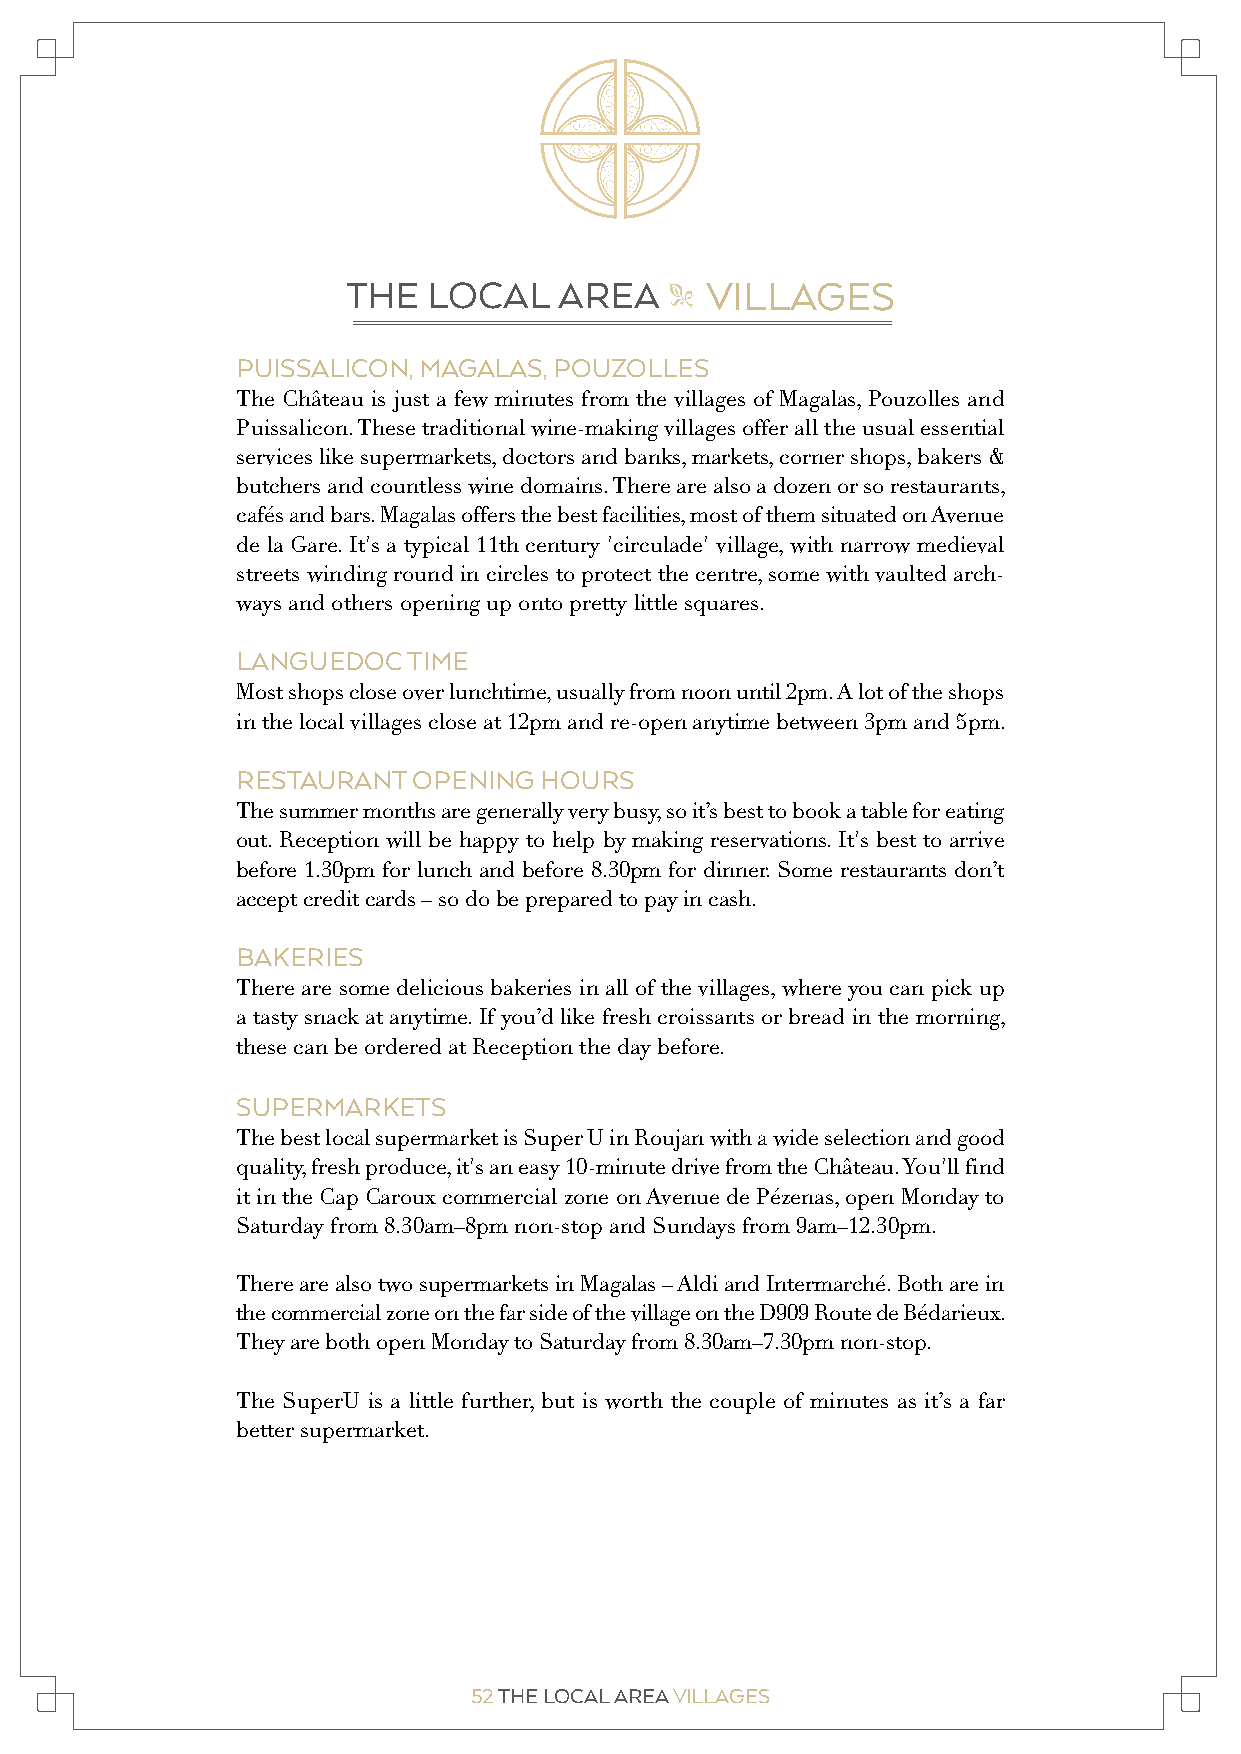
THE  LOCAL    AREA      VILLAGES
 "
 PUISSALICON, MAGALAS, POUZOLLES
 The Château is just a few minutes from the villages of Magalas, Pouzolles and
 Puissalicon. These traditional wine-making villages offer all the usual essential
 services like supermarkets, doctors and banks, markets, corner shops, bakers &
 butchers and countless wine domains. There are also a dozen or so restaurants,
 cafés and bars. Magalas offers the best facilities, most of them situated on Avenue
 de la Gare. It's a typical 11th century 'circulade' village, with narrow medieval
 streets winding round in circles to protect the centre, some with vaulted arch-
 ways and others opening up onto pretty little squares.
 LANGUEDOC  TIME
 Most shops close over lunchtime, usually from noon until 2pm. A lot of the shops
 in the local villages close at 12pm and re-open anytime between 3pm and 5pm.
 RESTAURANT OPENING  HOURS
 The summer months are generally very busy, so it’s best to book a table for eating
 out. Reception will be happy to help by making reservations. It's best to arrive
 before 1.30pm for lunch and before 8.30pm for dinner. Some restaurants don’t
 accept credit cards – so do be prepared to pay in cash.
 BAKERIES
 There are some delicious bakeries in all of the villages, where you can pick up
 a tasty snack at anytime. If you’d like fresh croissants or bread in the morning,
 these can be ordered at Reception the day before.
 SUPERMARKETS
 The best local supermarket is Super U in Roujan with a wide selection and good
 quality, fresh produce, it's an easy 10-minute drive from the Château. You'll find
 it in the Cap Caroux commercial zone on Avenue de Pézenas, open Monday to
 Saturday from 8.30am–8pm non-stop and Sundays from 9am–12.30pm.
 There are also two supermarkets in Magalas – Aldi and Intermarché. Both are in
 the commercial zone on the far side of the village on the D909 Route de Bédarieux.
 They are both open Monday to Saturday from 8.30am–7.30pm non-stop.
 The SuperU is a little further, but is worth the couple of minutes as it’s a far
 better supermarket.
 52 THE LOCAL AREA VILLAGES